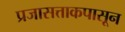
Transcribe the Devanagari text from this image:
प्रजासत्ताकपासून